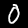
Digit: 0